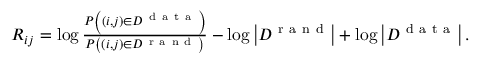
\begin{array} { r } { R _ { i j } = \log \frac { P \left( ( i , j ) \in { \cal D } ^ { \mathrm { ~ d ~ a ~ t ~ a ~ } } \right) } { P \left( ( i , j ) \in { \cal D } ^ { \mathrm { ~ r ~ a ~ n ~ d ~ } } \right) } - \log \left| { \cal D } ^ { \mathrm { ~ r ~ a ~ n ~ d ~ } } \right| + \log \left| { \cal D } ^ { \mathrm { ~ d ~ a ~ t ~ a ~ } } \right| . } \end{array}